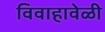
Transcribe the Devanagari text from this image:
विवाहावेळी